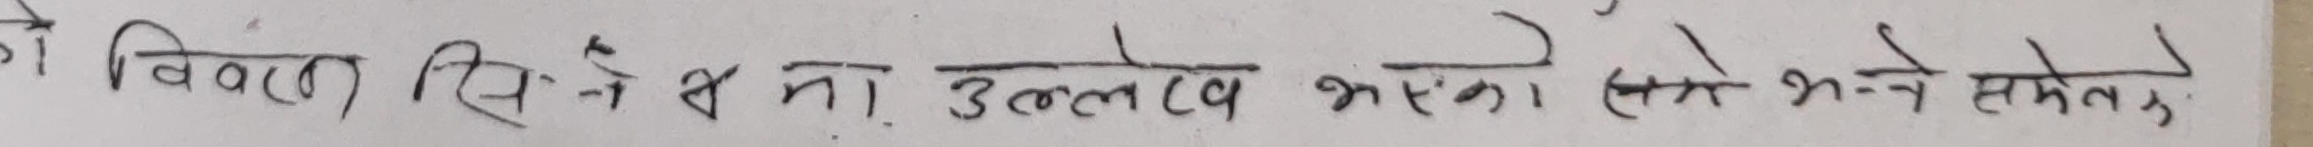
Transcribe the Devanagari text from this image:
को विवाद सिर हुनेमा उल्लेख भएका मिले भन्ने समेत।